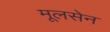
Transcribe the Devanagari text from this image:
मूलसेन